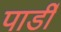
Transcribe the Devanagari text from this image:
पार्डी